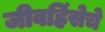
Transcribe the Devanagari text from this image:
जीवहिंसेचे